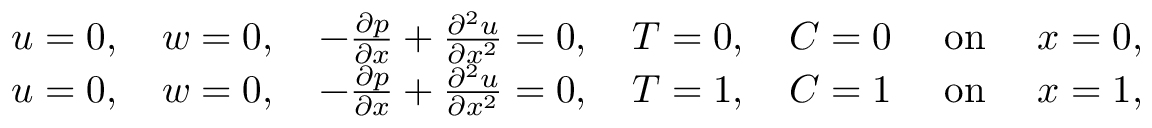
\begin{array} { r } { u = 0 , \quad w = 0 , \quad - \frac { \partial p } { \partial x } + \frac { \partial ^ { 2 } u } { \partial x ^ { 2 } } = 0 , \quad T = 0 , \quad C = 0 \quad \mathrm { ~ o n ~ } \quad x = 0 , } \\ { u = 0 , \quad w = 0 , \quad - \frac { \partial p } { \partial x } + \frac { \partial ^ { 2 } u } { \partial x ^ { 2 } } = 0 , \quad T = 1 , \quad C = 1 \quad \mathrm { ~ o n ~ } \quad x = 1 , } \end{array}